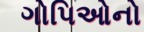
ગોપિઓનો